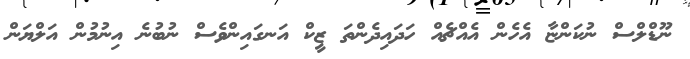
ނޫޑްލްސް ނުކަންޏާ އެހެން އެއްޗެއް ހަދައިދެންތަ ޒީކް އަނގައިންވެސް ނުބުނެ އިނުމުން އަލްޔަން